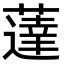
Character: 薘